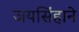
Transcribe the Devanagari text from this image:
जयसिंहाने